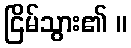
ငြိမ်သွား၏ ။